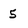
Character: 5